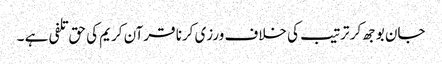
جان بوجھ کر ترتیب کی خلاف ورزی کرنا قرآن کریم کی حق تلفی ہے ۔